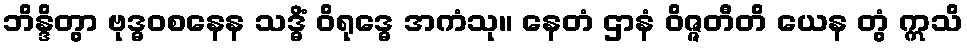
ဘိန္ဒိတွာ ဗုဒ္ဓဝစနေန သဒ္ဓိံ ဝိရုဒ္ဓေ အကံသု။ နေတံ ဌာနံ ဝိဇ္ဇတီတိ ယေန တွံ ဣသိ